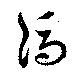
馮